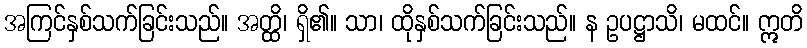
အကြင်နှစ်သက်ခြင်းသည်။ အတ္ထိ၊ ရှိ၏။ သာ၊ ထိုနှစ်သက်ခြင်းသည်။ န ဥပဋ္ဌာသိ၊ မထင်။ ဣတိ